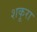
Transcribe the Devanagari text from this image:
शकूरा